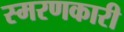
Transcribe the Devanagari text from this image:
स्मरणकारी